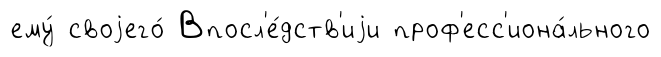
ему́ своjего́ Впосл'е́дств'иjи проф'есс'иона́льного